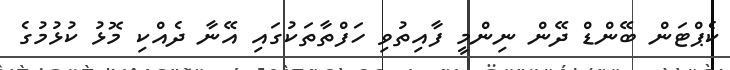
ކެޕްޓަން ބޭންޑް ދޭން ނިންމީ ފާއިތުވި ހަފްތާތަކުގައި އޭނާ ދެއްކި މޮޅު ކުޅުމުގެ